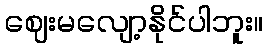
ဈေးမလျော့နိုင်ပါဘူး။